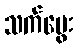
သက်မွေး